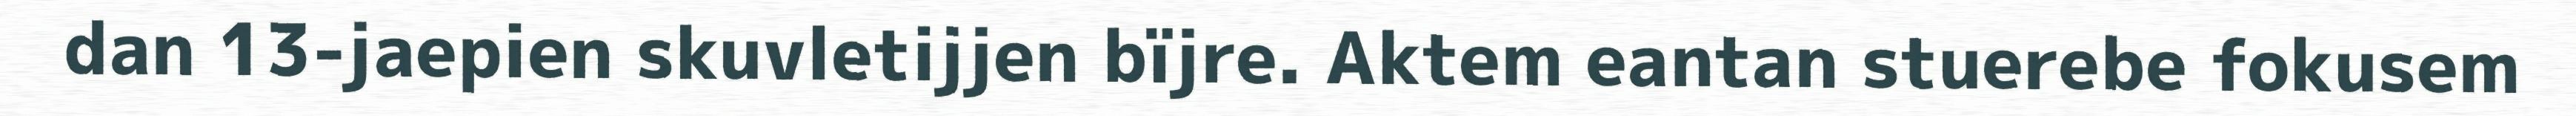
dan 13-jaepien skuvletijjen bïjre. Aktem eantan stuerebe fokusem